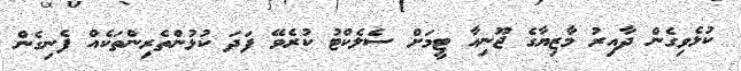
ކުޅެވިގެން ދާއިރު މާޒިޔާގެ ޖޫނިއާ ޓީމަށް ސެލެކްޓު ކުރެވޭ ފަދަ ކުޅުންތެރިންތަކެއް ފެނިގެން